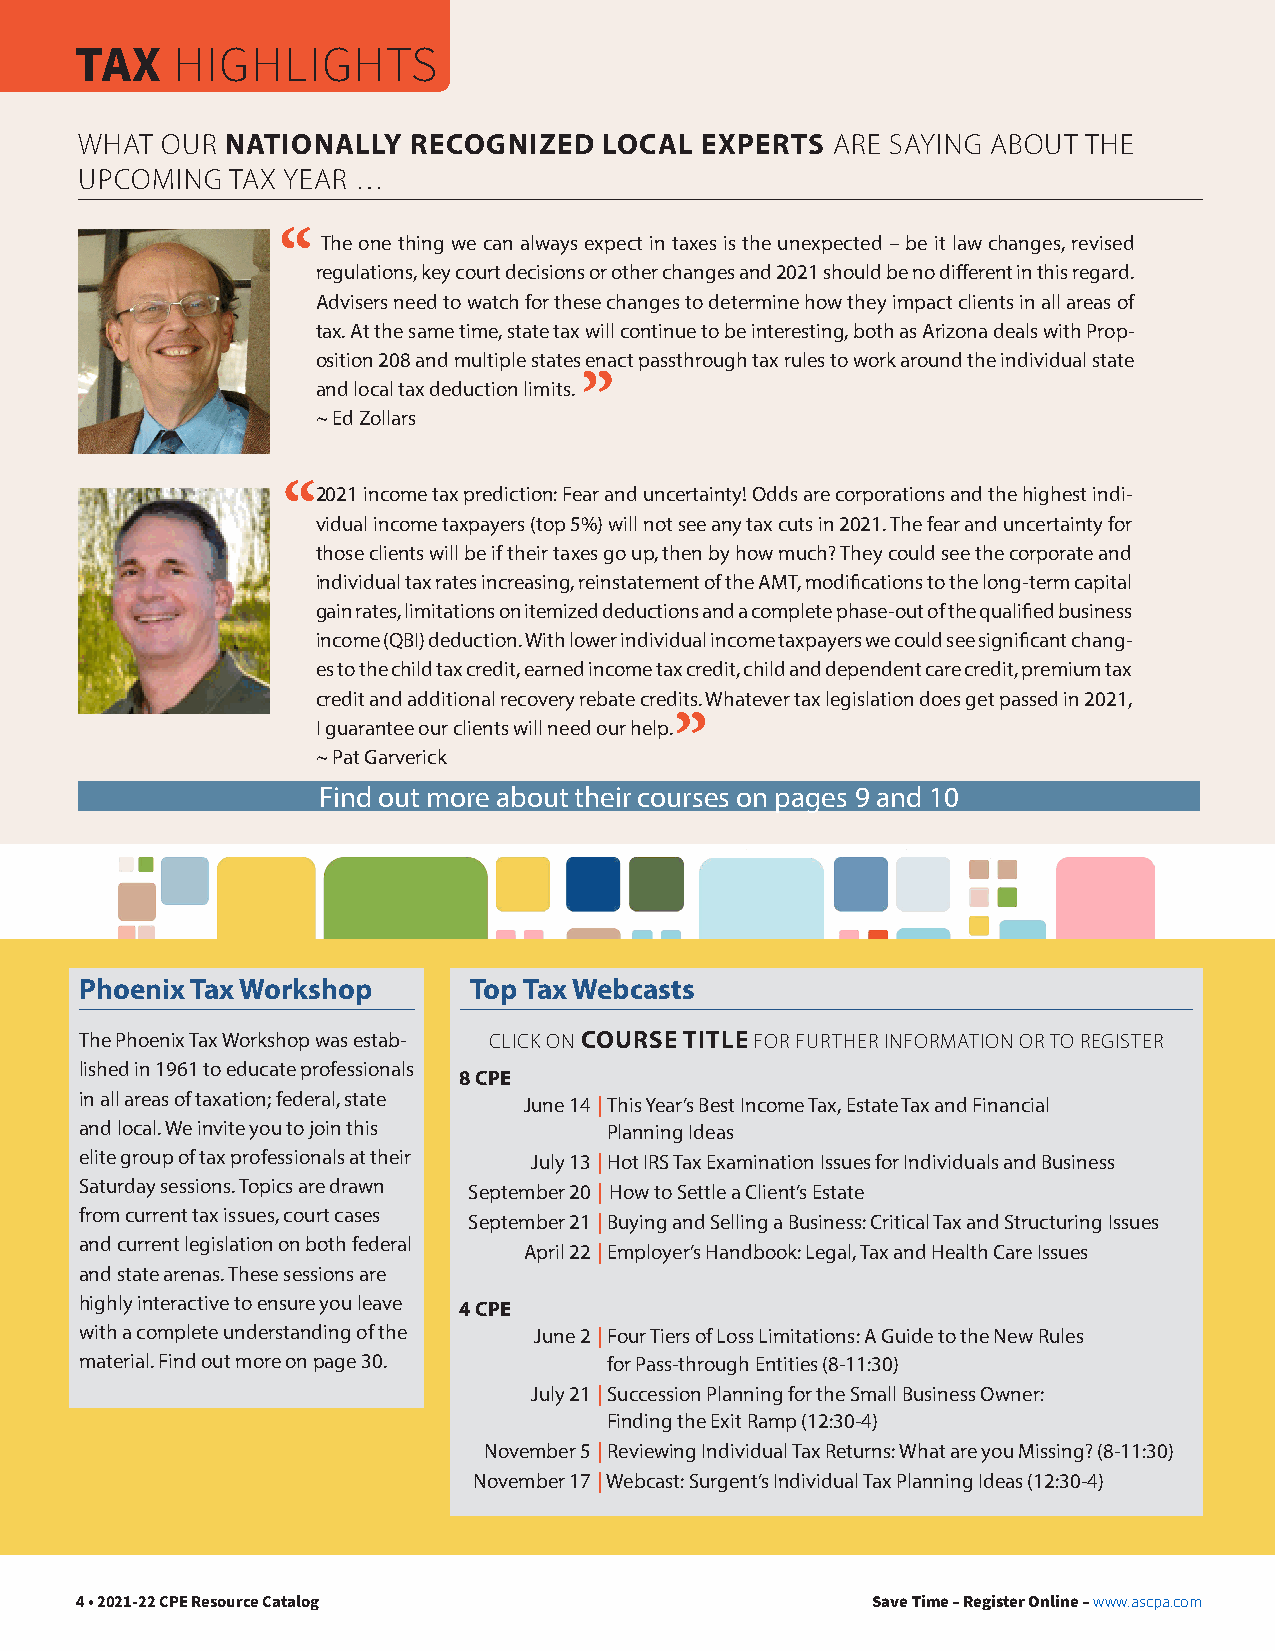
TAX   HIGHLIGHTS
 WHAT  OUR NATIONALLY  RECOGNIZED   LOCAL EXPERTS  ARE SAYING ABOUT THE
 UPCOMING  TAX YEAR …
 “  The one thing we can always expect in taxes is the unexpected – be it law changes, revised
 regulations, key court decisions or other changes and 2021 should be no different in this regard.
 Advisers need to watch for these changes to determine how they impact clients in all areas of
 tax. At the same time, state tax will continue to be interesting, both as Arizona deals with Prop-
 osition 208 and multiple states enact passthrough tax rules to work around the individual state
 and local tax deduction limits. ”
 ~ Ed Zollars
 “2021 income tax prediction: Fear and uncertainty! Odds are corporations and the highest indi-
 vidual income taxpayers (top 5%) will not see any tax cuts in 2021. The fear and uncertainty for
 those clients will be if their taxes go up, then by how much? They could see the corporate and
 individual tax rates increasing, reinstatement of the AMT, modifications to the long-term capital
 gain rates, limitations on itemized deductions and a complete phase-out of the qualified business
 income (QBI) deduction. With lower individual income taxpayers we could see significant chang-
 es to the child tax credit, earned income tax credit, child and dependent care credit, premium tax
 credit and additional recovery rebate credits. Whatever tax legislation does get passed in 2021,
 I guarantee our clients will need our help. ”
 ~ Pat Garverick
 Find out more about their courses on pages 9 and 10
 Phoenix Tax Workshop      Top Tax Webcasts
 The Phoenix Tax Workshop was estab- CLICK ON COURSE TITLE FOR FURTHER INFORMATION OR TO REGISTER
 lished in 1961 to educate professionals
 8 CPE
 in all areas of taxation; federal, state June 14 | T his Year’s Best Income Tax, Estate Tax and Financial
 and local. We invite you to join this Planning Ideas
 elite group of tax professionals at their July 13 | H ot IRS Tax Examination Issues for Individuals and Business
 Saturday sessions. Topics are drawn September 20 | How to Settle a Client’s Estate
 from current tax issues, court cases
 September 21 | Buying and Selling a Business: Critical Tax and Structuring Issues
 and current legislation on both federal
 April 22 | E mployer’s Handbook: Legal, Tax and Health Care Issues
 and state arenas. These sessions are
 highly interactive to ensure you leave
 4 CPE
 with a complete understanding of the June 2 | F our Tiers of Loss Limitations: A Guide to the New Rules
 material. Find out more on page 30. for Pass-through Entities (8-11:30)
 July 21 | Succession Planning for the Small Business Owner:
 Finding the Exit Ramp (12:30-4)
 November 5 | Reviewing Individual Tax Returns: What are you Missing? (8-11:30)
 November 17 | Webcast: Surgent’s Individual Tax Planning Ideas (12:30-4)
 4 • 2021-22 CPE Resource Catalog                     Save Time – Register Online – www.ascpa.com